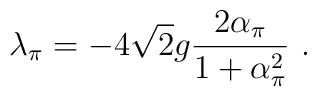
\lambda_\pi=-4\sqrt{2}g\frac{2\alpha_{\pi}}{1+\alpha^{2}_{\pi}}\ .